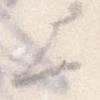
上